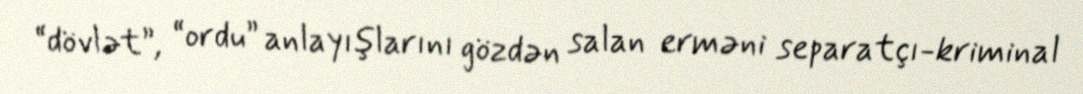
“dövlət”, “ordu” anlayışlarını gözdən salan erməni separatçı-kriminal